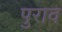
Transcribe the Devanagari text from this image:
पुराव